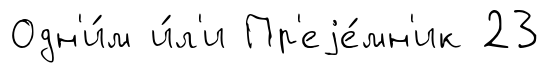
Одн'и́м и́л'и Пр'еjе́мн'ик 23